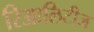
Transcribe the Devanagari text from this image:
रिआलिटीज